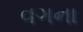
વગના